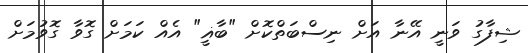
ޝިފާގު ވަނީ އޭނާ އަށް ނިސްބަތްކޮށް "ބާޣީ" އެއް ކަމަށް ގޮވާ ގޮވުމަށް